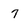
Character: 7